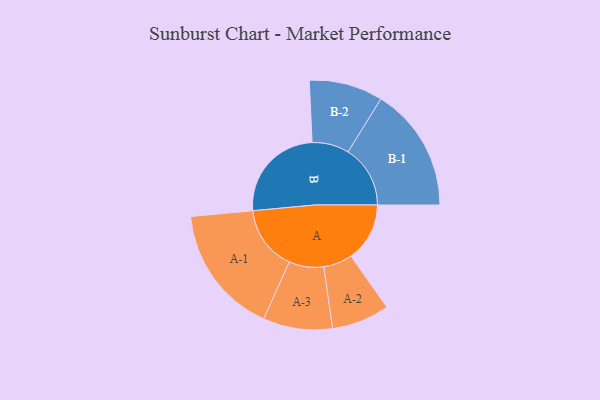
{"axis": {"x": "Segment", "y": "Value"}, "legend": ["", "A", "B"], "data": [{"x": "A", "y": 264, "type": ""}, {"x": "B", "y": 446, "type": ""}, {"x": "A-1", "y": 291, "type": "A"}, {"x": "A-2", "y": 130, "type": "A"}, {"x": "A-3", "y": 156, "type": "A"}, {"x": "B-1", "y": 280, "type": "B"}, {"x": "B-2", "y": 166, "type": "B"}]}